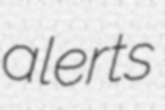
alerts